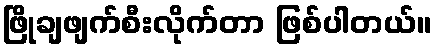
ဖြိုချဖျက်စီးလိုက်တာ ဖြစ်ပါတယ်။